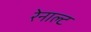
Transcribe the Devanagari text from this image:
रेनाल्ट